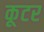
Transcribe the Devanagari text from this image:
कूटर